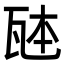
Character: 𪼹